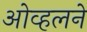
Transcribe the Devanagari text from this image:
ओव्हलने